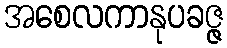
အစေလကာနုပခဇ္ဇ